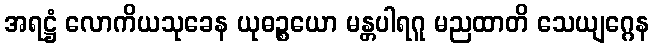
အရဋ္ဌံ လောကိယသုခေန ယုဓဉ္စယော မန္တပါရဂူ မညထာတိ သေယျဂ္ဂေန